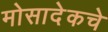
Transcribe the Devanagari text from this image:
मोसादेकचे